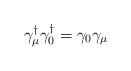
LaTeX: \begin{align*}\gamma_\mu^\dagger \gamma_0^\dagger = \gamma_0 \gamma_\mu\end{align*}